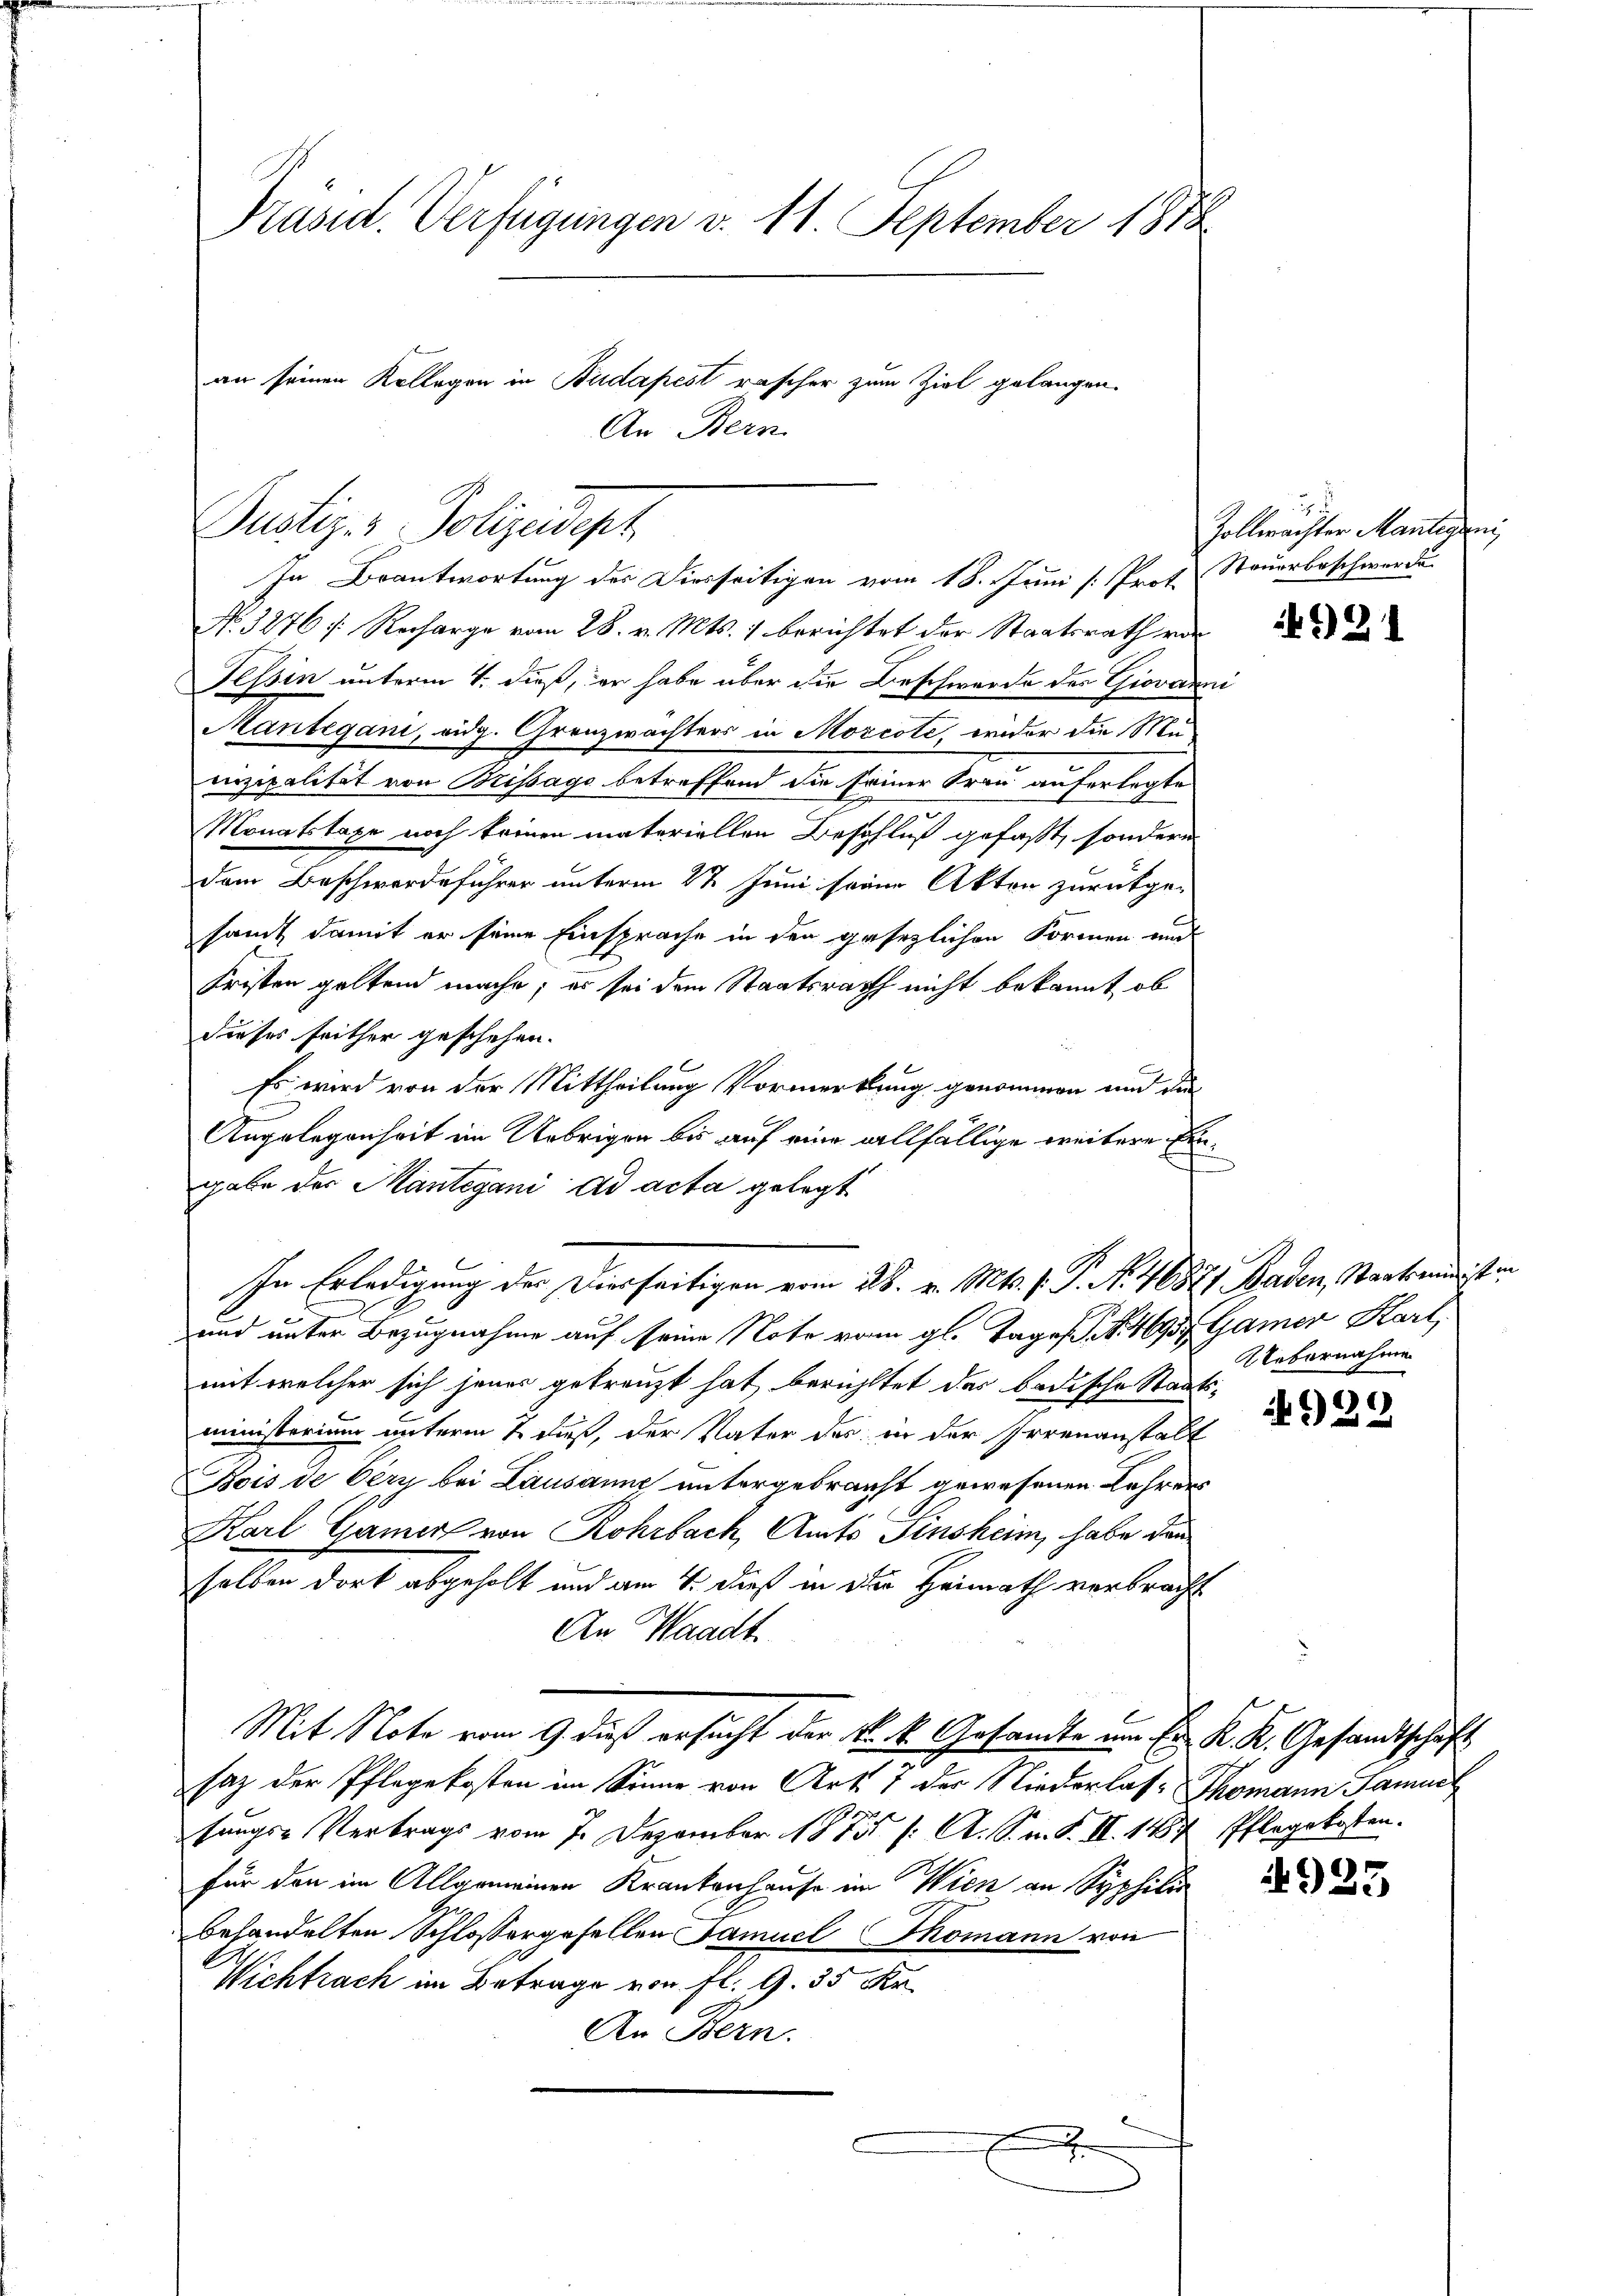
Präsid. Verfügungen v. 11. September 1878.
an seinen Kollegen in Budapest rascher zum Ziel gelangen.
An Bern.

Justiz- & Polizeidept
In Beantwortung der Diesseitigen vom 18. Juni [Prot. Steuerbeschwerde.

No. 3276 : Recharge vom 28. v. Mts. 1 berichtet der Staatsrath von
Tessin unterm 4. dieß, er habe über die Beschwerde des Giovanni
Mantegani, eidg. Grenzwachters in Morcote, wider die Munizipalität von Brissago betreffend die seiner Frau auferlegte
Monatstage noch keinen materiellen Beschluß gefaßt, sondern
dem Beschwerdeführer unterm 27. Juni seine Akten zurückge-
samt damit er seine Einsprache in den gesezlichen Formen und
Fristen geltend mache; es sei dem Staatsrath nicht bekannt, ob
dieses seither geschehen.
Es wird von der Mittheilung Vormerkung genommen und die
Angelegenheit im Uebrigen bis auf eine allfällige weitere Ergabe der Mantegani ad acta gelegt
In Erledigung der Diesseitigen vom 28. v. Mts. f. P. N. 4687/ Baden, Staatsminist in
und unter Bezugnahme auf seine Note vom gl. Tages N. 469, Gamer Karl,
mit welcher sich jenes getreuzt hat berichttet das badische Staats-
ministerium unterm 2. dieß, der Vater des in der Irrenanstalt
Bois de Vern bei Lausanne untergebracht gewesenen Lehrens
Karl Gamer von Rohrbach, Amts Finsheim, habe dan
selben dort abgeholt und am 4. dieß in die Heimath verbracht
An Waadt.
Mit Note vom 9. dieß ersucht der k. k. Gesandte um Er K. K. Gesandtschaft
saz der Pflegekosten im Sonne von Art. 7 der Niederlas- Thomann Samuel
sungs-Vertrags vom 7. Dezember 1875 /: A. S. n. F. II. 147 Pflegekosten.
für den im Allgemeinen Krankenhause im Wien an Syphili
behandelten Schlossergesellen Samuel Thomann von
Wichtrach im Betrage von fl. 9. 35 Xr
An Bern.
d

u
Zollwachter Martigen,

921

Uebernahme

929

4925